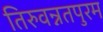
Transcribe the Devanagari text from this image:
तिरुवन्नतपुरम